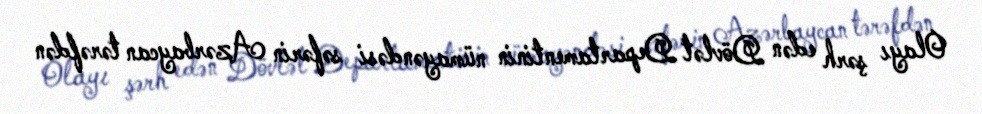
Olayı şərh edən Dövlət Departamentinin nümayəndəsi səfərin Azərbaycan tərəfdən